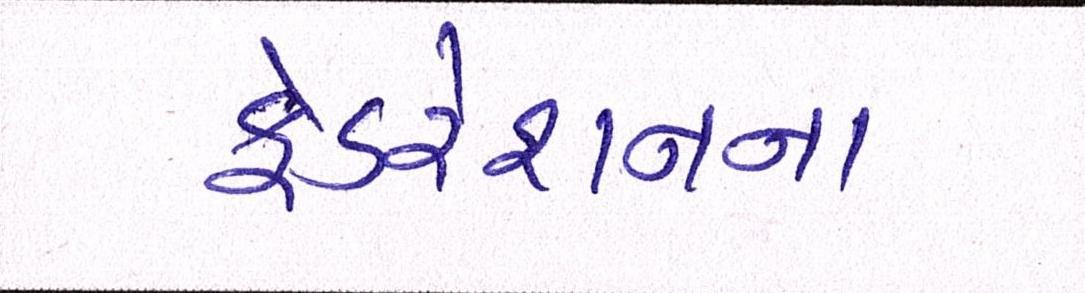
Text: ફેડરેશનના